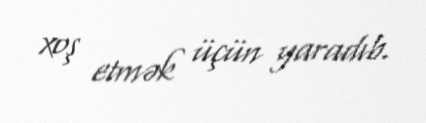
xoş etmək üçün yaradıb.